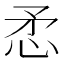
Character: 𢘅